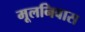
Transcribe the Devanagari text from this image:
मूलनिवास